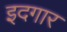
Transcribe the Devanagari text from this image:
इदगार